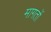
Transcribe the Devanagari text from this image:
मागतों